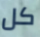
كل